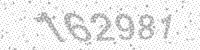
Solution: 162981